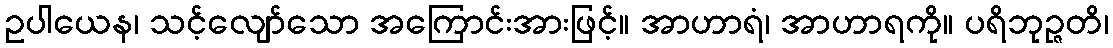
ဥပါယေန၊ သင့်လျော်သော အကြောင်းအားဖြင့်။ အာဟာရံ၊ အာဟာရကို။ ပရိဘုဉ္ဇတိ၊